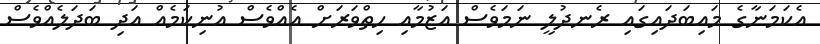
އެކަމަނާގެ މައިބަދައިގައި ރެނދުލީ ނަމަވެސް އަޒުމާއި ހިތްވަރަށް އެއްވެސް އުނިކަމެއް އަދި ބަދަލެއްވެސް